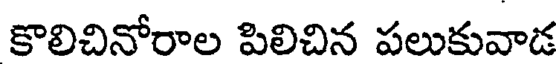
కొలిచినోరాల పిలిచిన పలుకువాడ